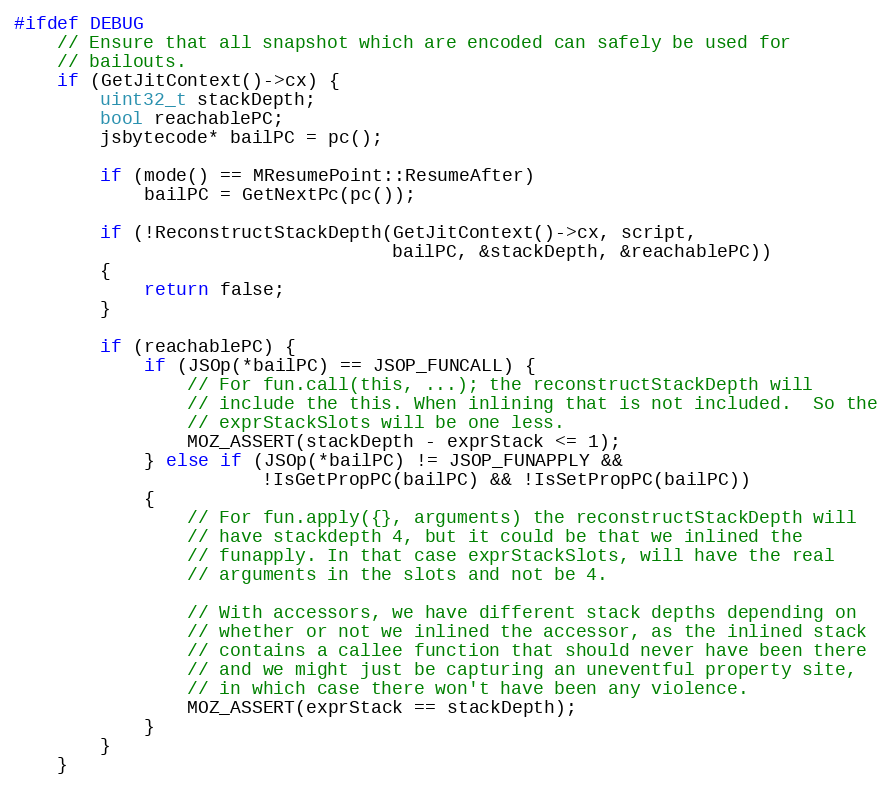
Language: C++
#ifdef DEBUG
    // Ensure that all snapshot which are encoded can safely be used for
    // bailouts.
    if (GetJitContext()->cx) {
        uint32_t stackDepth;
        bool reachablePC;
        jsbytecode* bailPC = pc();

        if (mode() == MResumePoint::ResumeAfter)
            bailPC = GetNextPc(pc());

        if (!ReconstructStackDepth(GetJitContext()->cx, script,
                                   bailPC, &stackDepth, &reachablePC))
        {
            return false;
        }

        if (reachablePC) {
            if (JSOp(*bailPC) == JSOP_FUNCALL) {
                // For fun.call(this, ...); the reconstructStackDepth will
                // include the this. When inlining that is not included.  So the
                // exprStackSlots will be one less.
                MOZ_ASSERT(stackDepth - exprStack <= 1);
            } else if (JSOp(*bailPC) != JSOP_FUNAPPLY &&
                       !IsGetPropPC(bailPC) && !IsSetPropPC(bailPC))
            {
                // For fun.apply({}, arguments) the reconstructStackDepth will
                // have stackdepth 4, but it could be that we inlined the
                // funapply. In that case exprStackSlots, will have the real
                // arguments in the slots and not be 4.

                // With accessors, we have different stack depths depending on
                // whether or not we inlined the accessor, as the inlined stack
                // contains a callee function that should never have been there
                // and we might just be capturing an uneventful property site,
                // in which case there won't have been any violence.
                MOZ_ASSERT(exprStack == stackDepth);
            }
        }
    }